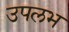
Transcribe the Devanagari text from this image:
उपलभ